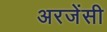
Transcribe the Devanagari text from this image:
अरजेंसी